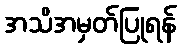
အသိအမှတ်ပြုရန်